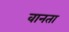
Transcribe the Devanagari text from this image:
वानता